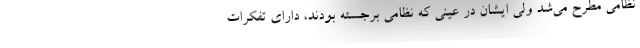
نظامی مطرح می‌شد ولی ایشان در عینی که نظامی برجسته بودند، دارای تفکرات